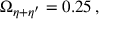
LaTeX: \Omega _ { \eta + \eta ^ { \prime } } = 0 . 2 5 \, ,